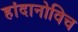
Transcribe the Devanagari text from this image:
हांदानोविच